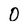
Character: O